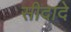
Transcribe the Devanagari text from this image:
सीदादे